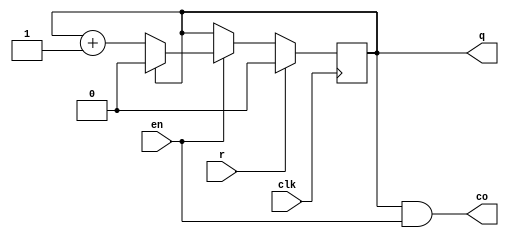
module counter_n(clk,r,en,co,q);
  parameter n=2;      // Frequency division ratio
  parameter counter_bits=1;
  input clk,r,en;
  output co;
  output reg[counter_bits-1:0] q=0;

	assign co=(q==(n-1))&&en;  
	always @(posedge clk)
	  begin 
	    if(r) q=0;    // Synchronous zero
		else if(en) 
		  begin 
		    if(q==(n-1)) q=0;
		    else q=q+1;
		  end
		else q=q;  	  // state maintence
	  end
endmodule